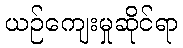
ယဉ်ကျေးမှုဆိုင်ရာ